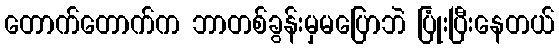
တောက်တောက်က ဘာတစ်ခွန်းမှမပြောဘဲ ပြုံးပြီးနေတယ်